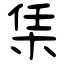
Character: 栠